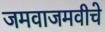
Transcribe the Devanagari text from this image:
जमवाजमवीचे